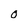
Character: O